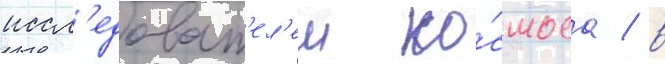
иссл'едоват'ел'еи ко́смоса / в